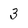
Character: 3